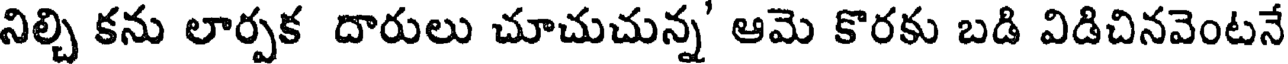
నిల్చి కను లార్పక దారులు చూచుచున్న' ఆమె కొరకు బడి విడిచినవెంటనే